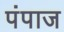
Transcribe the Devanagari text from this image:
पंपाज